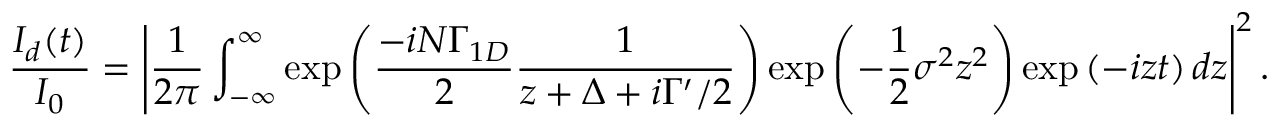
\frac { I _ { d } ( t ) } { I _ { 0 } } = \left| \frac { 1 } { 2 \pi } \int _ { - \infty } ^ { \infty } \mathrm { e x p } \left( \frac { - i N \Gamma _ { 1 D } } { 2 } \frac { 1 } { z + \Delta + i \Gamma ^ { \prime } / 2 } \right) \mathrm { e x p } \left( - \frac { 1 } { 2 } \sigma ^ { 2 } z ^ { 2 } \right) \mathrm { e x p } \left( - i z t \right) d z \right| ^ { 2 } .